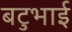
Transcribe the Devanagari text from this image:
बटुभाई